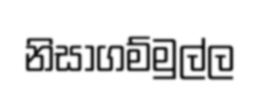
නිසාගම්මුල්ල